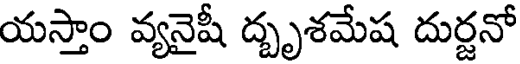
యస్తాం వ్యనైషీ ద్బృశమేష దుర్జనో